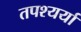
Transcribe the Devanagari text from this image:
तपश्यर्या